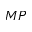
M P